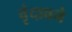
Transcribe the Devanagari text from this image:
वृंदावने